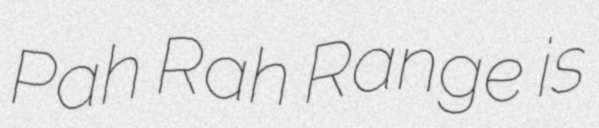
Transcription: Pah Rah Range is